Civil Veterinary Department. United Provinces 1912-22 - 1912-1922
Year: 1912
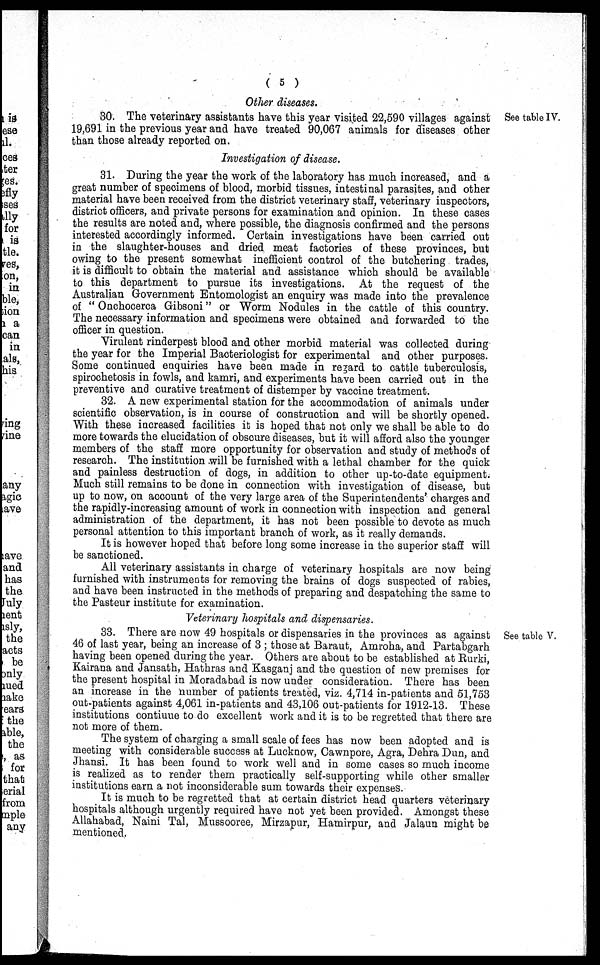
( 5 )
Other diseases.
See table IV.
30. The veterinary assistants have this year visited 22,590 villages against
19,691 in the previous year and have treated 90,067 animals for diseases other
than those already reported on.
Investigation of disease.
31. During the year the work of the laboratory has much increased, and a
great number of specimens of blood, morbid tissues, intestinal parasites, and other
material have been received from the district veterinary staff, veterinary inspectors,
district officers, and private persons for examination and opinion. In these cases
the results are noted and, where possible, the diagnosis confirmed and the persons
interested accordingly informed. Certain investigations have been carried out
in the slaughter-houses and dried meat factories of these provinces, but
owing to the present somewhat inefficient control of the butchering trades,
it is difficult to obtain the material and assistance which should be available
to this department to pursue its investigations. At the request of the
Australian Government Entomologist an enquiry was made into the prevalence
of " Onchocerca Gibsoni " or Worm Nodules in the cattle of this country.
The necessary information and specimens were obtained and forwarded to the
officer in question.
Virulent rinderpest blood and other morbid material was collected during
the year for the Imperial Bacteriologist for experimental and other purposes.
Some continued enquiries have been made in regard to cattle tuberculosis,
spirochetosis in fowls, and kamri, and experiments have been carried out in the
preventive and curative treatment of distemper by vaccine treatment.
32. A new experimental station for the accommodation of animals under
scientific observation, is in course of construction and will be shortly opened.
With these increased facilities it is hoped that not only we shall be able to do
more towards the elucidation of obscure diseases, but it will afford also the younger
members of the staff more opportunity for observation and study of methods of
research. The institution will be furnished with a lethal chamber for the quick
and painless destruction of dogs, in addition to other up-to-date equipment.
Much still remains to be done in connection with investigation of disease, but
up to now, on account of the very large area of the Superintendents' charges and
the rapidly-increasing amount of work in connection with inspection and general
administration of the department, it has not been possible to devote as much
personal attention to this important branch of work, as it really demands.
It is however hoped that before long some increase in the superior staff will
be sanctioned.
All veterinary assistants in charge of veterinary hospitals are now being
furnished with instruments for removing the brains of dogs suspected of rabies,
and have been instructed in the methods of preparing and despatching the same to
the Pasteur institute for examination.
Veterinary hospitals and dispensaries.
See table V.
33. There are now 49 hospitals or dispensaries in the provinces as against
46 of last year, being an increase of 3; those at Baraut, Amroha, and Partabgarh
having been opened during the year. Others are about to be established at Rurki,
Kairana and Jansath, Hathras and Kasganj and the question of new premises for
the present hospital in Moradabad is now under consideration. There has been
an increase in the number of patients treated, viz. 4,714 in-patients and 51,753
out-patients against 4,061 in-patients and 43,106 out-patients for 1912-13. These
institutions continue to do excellent work and it is to be regretted that there are
not more of them.
The system of charging a small scale of fees has now been adopted and is
meeting with considerable success at Lucknow, Cawnpore, Agra, Dehra Dun, and
Jhansi. It has been found to work well and in some cases so much income
is realized as to render them practically self-supporting while other smaller
institutions earn a not inconsiderable sum towards their expenses.
It is much to be regretted that at certain district head quarters veterinary
hospitals although urgently required have not yet been provided. Amongst these
Allahabad, Naini Tal, Mussooree, Mirzapur, Hamirpur, and Jalaun might be
mentioned.